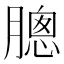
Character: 𣎗